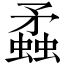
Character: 蟊